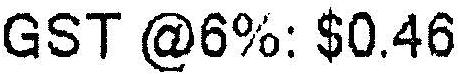
GST @6%: $0.46